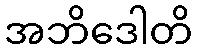
အဘိဒေါတိ